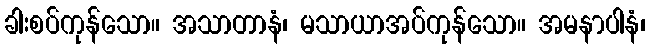
ခါးစပ်ကုန်သော။ အသာတာနံ၊ မသာယာအပ်ကုန်သော။ အမနာပါနံ၊